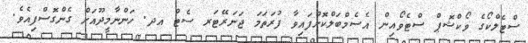
ސްޓެލްކޯގެ ވޯކްޝޮޕް ސްޓެވޯއިން އެސެމްބަލްކޮށްފައިވާ ފުރަތަމަ ޖަނަރޭޓަރ ސެޓް އދ. ހަންނާމީދޫއަށް ގެންގޮސްފިއެވެ.